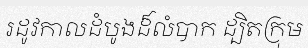
រដូវកាលដំបូងដ៏លំបាក ដ្បិតក្រុម